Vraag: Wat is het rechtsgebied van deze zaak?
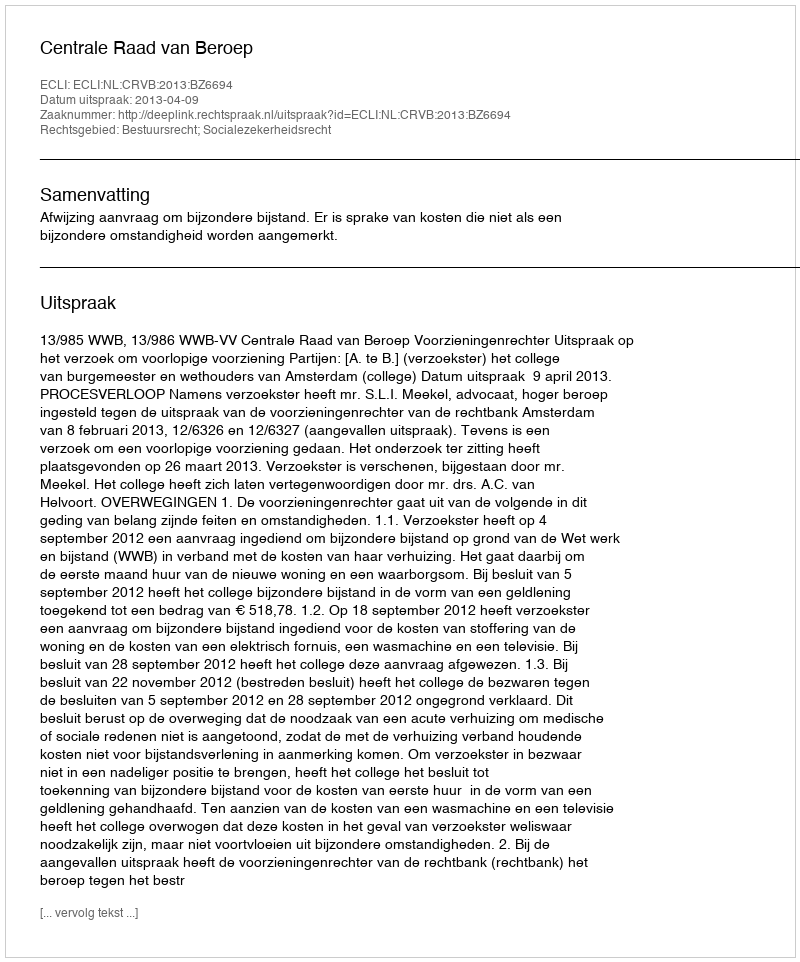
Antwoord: Bestuursrecht; Socialezekerheidsrecht